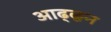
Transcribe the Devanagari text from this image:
आढ्ळून